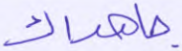
جاهداك